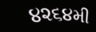
૪૨૬૪મી